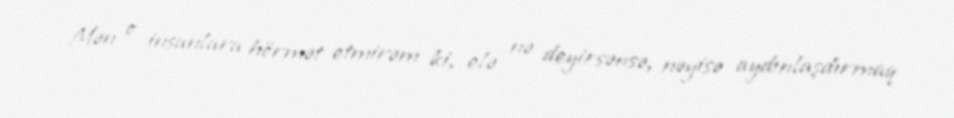
Mən o insanlara hörmət etmirəm ki, elə nə deyirsənsə, nəyisə aydınlaşdırmaq